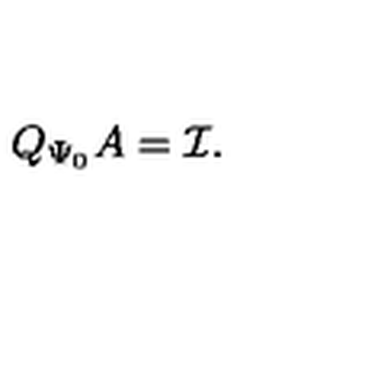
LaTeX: Q _ { \Psi _ { 0 } } A = \mathcal { I } .